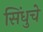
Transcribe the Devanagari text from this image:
सिंधुचे